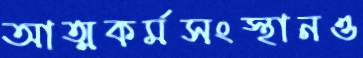
আত্মকর্মসংস্থানও